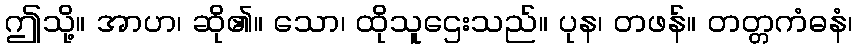
ဤသို့။ အာဟ၊ ဆို၏။ သော၊ ထိုသူဌေးသည်။ ပုန၊ တဖန်။ တတ္တကံဓနံ၊